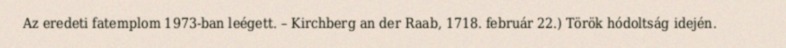
Az eredeti fatemplom 1973-ban leégett. – Kirchberg an der Raab, 1718. február 22.) Török hódoltság idején.